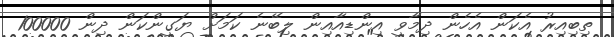
ތިބިއިރު އެކަން އެހެން ދިމާވީ އިންޑިއާއިން ލިބޭނެ ކަމަށް ޔަގީންކަން ދިން 100000